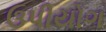
ઉપીયોગ